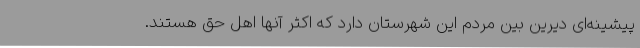
پیشینه‌ای دیرین بین مردم این شهرستان دارد که اکثر آنها اهل حق هستند.